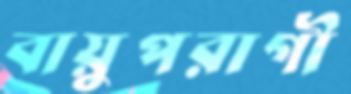
বায়ুপরাগী